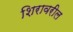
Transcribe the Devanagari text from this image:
शिरावरील